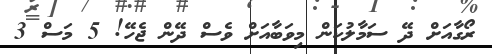
ރޯގާއަށް ދޭ ސަމާލުކަން މިވަބާއަށް ވެސް ދޭން ޖެހޭ! 5 މަސް 3